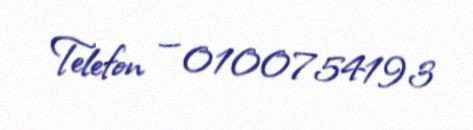
Telefon — 0100754193